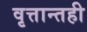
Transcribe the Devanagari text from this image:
वृत्तान्तही